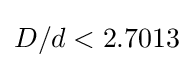
{\textstyle D/d<2.7013}